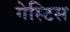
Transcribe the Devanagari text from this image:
गेस्टिस